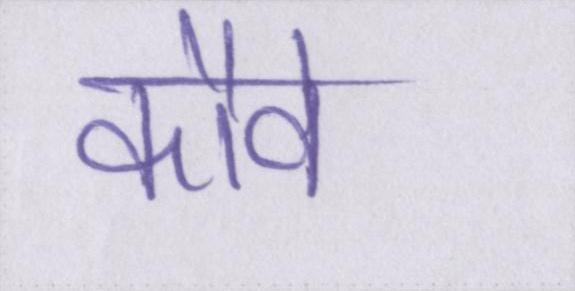
कौवे